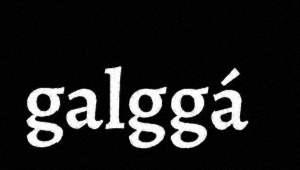
galggá